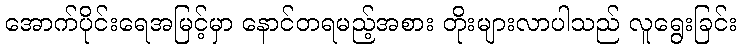
အောက်ပိုင်းရေအမြင့်မှာ နောင်တရမည့်အစား တိုးများလာပါသည် လူရွေးခြင်း